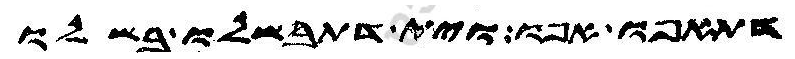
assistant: דתאפו אפו וית דתבשלו בשלו